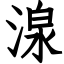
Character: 湶